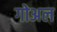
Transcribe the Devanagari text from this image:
गोअल